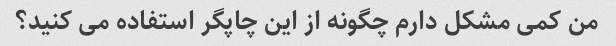
من کمی مشکل دارم چگونه از این چاپگر استفاده می کنید؟